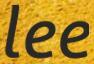
lee